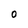
Character: O